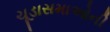
ચૂડાસમાઓની